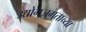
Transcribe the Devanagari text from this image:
उद्योगजगताच्या